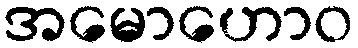
အမောဟောဝ